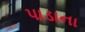
પાડાના